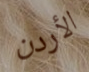
الأردن